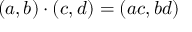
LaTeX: ( a , b ) \cdot ( c , d ) = ( a c , b d )